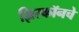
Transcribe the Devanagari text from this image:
झिरकॉनचे